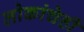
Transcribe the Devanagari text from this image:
लोकांचेही